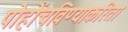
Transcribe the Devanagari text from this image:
पोहोंचविण्याकरिता